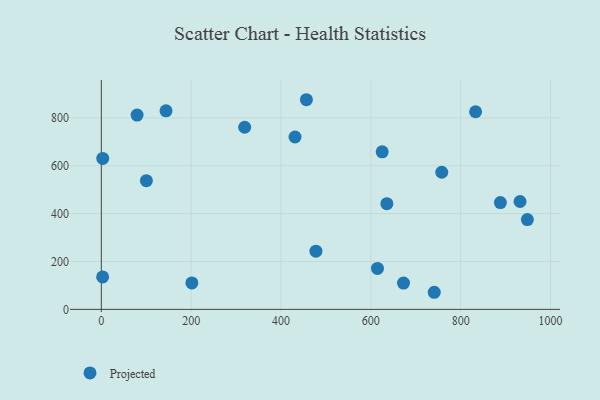
{"axis": {"x": "Speed", "y": "Sales"}, "legend": ["Projected"], "data": [{"x": "201.6", "y": 110.4, "type": "Projected"}, {"x": "948.4", "y": 375.1, "type": "Projected"}, {"x": "456.5", "y": 875.7, "type": "Projected"}, {"x": "3.2", "y": 630.3, "type": "Projected"}, {"x": "741.1", "y": 71.4, "type": "Projected"}, {"x": "144.0", "y": 829.2, "type": "Projected"}, {"x": "932.1", "y": 450.6, "type": "Projected"}, {"x": "672.7", "y": 110.0, "type": "Projected"}, {"x": "614.7", "y": 171.0, "type": "Projected"}, {"x": "833.1", "y": 825.4, "type": "Projected"}, {"x": "625.2", "y": 658.0, "type": "Projected"}, {"x": "477.7", "y": 243.0, "type": "Projected"}, {"x": "100.3", "y": 537.7, "type": "Projected"}, {"x": "319.1", "y": 760.7, "type": "Projected"}, {"x": "79.6", "y": 811.4, "type": "Projected"}, {"x": "888.3", "y": 446.0, "type": "Projected"}, {"x": "635.6", "y": 441.4, "type": "Projected"}, {"x": "431.2", "y": 719.9, "type": "Projected"}, {"x": "2.9", "y": 135.7, "type": "Projected"}, {"x": "757.8", "y": 572.8, "type": "Projected"}]}